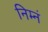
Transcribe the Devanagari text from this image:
निम्नं